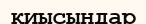
қиысындар